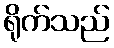
ရိုက်သည်